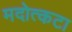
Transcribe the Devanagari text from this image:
मदोत्कटा